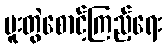
ပူးတွဲစောင့်ကြည့်ရေး